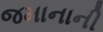
જમાનાની